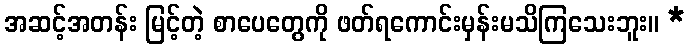
အဆင့်အတန်း မြင့်တဲ့ စာပေတွေကို ဖတ်ရကောင်းမှန်းမသိကြသေးဘူး။ *